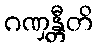
ဂဏှန္တီတိ